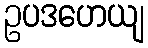
ဥပဒဟေယျ